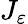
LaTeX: J_{\varepsilon}